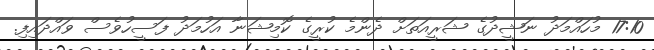
17:10 މުހައްމަދު ނަޝީދުގެ ޝަރީއަތަށް ދެންމެ ކުރީގެ ކޮމިޝަނާ އަހުމަދު ފަސީހުވެސް ވައްދައިފި.